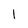
Character: l